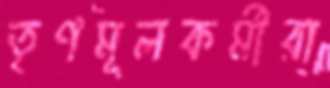
তৃণমূলকর্মীরা